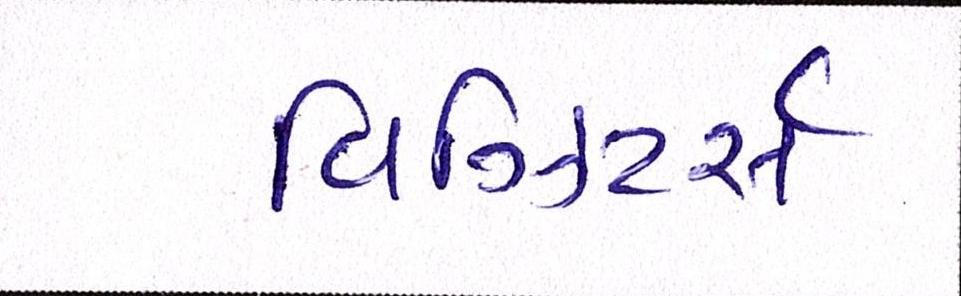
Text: વિઝિટર્સ